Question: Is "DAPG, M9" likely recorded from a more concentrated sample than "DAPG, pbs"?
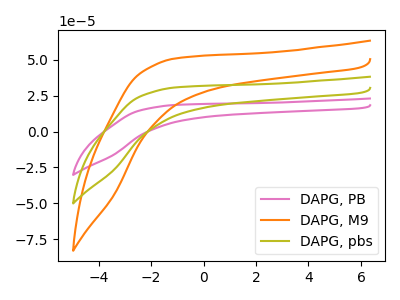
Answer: <think>The pink curve "DAPG, PB" has no peaks. The orange curve "DAPG, M9" has no peaks. The olive curve "DAPG, pbs" has no peaks.
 Neither "DAPG, M9" or "DAPG, pbs" have any peaks.</think>
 <answer>I cant tell if "DAPG, M9" or "DAPG, pbs" has more signal.</answer>
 <eval>mixed_signal</eval>